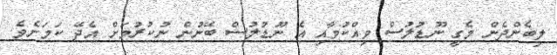
ލިބެންދެން މެގީ ނޫޑުލުސް ވިއްކުމާއި އެ ނޫޑުލުސް ބޭނުން ނުކުރުމަށް އެދޭ ކަމަށެވެ.